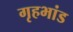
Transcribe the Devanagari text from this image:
गृहभांड